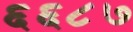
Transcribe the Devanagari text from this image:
६६८७